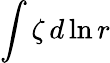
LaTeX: \int\zeta\, d\ln r